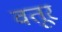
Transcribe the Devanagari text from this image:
वतूर